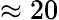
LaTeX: \approx 20